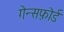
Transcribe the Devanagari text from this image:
गेन्सफ़ोर्ड